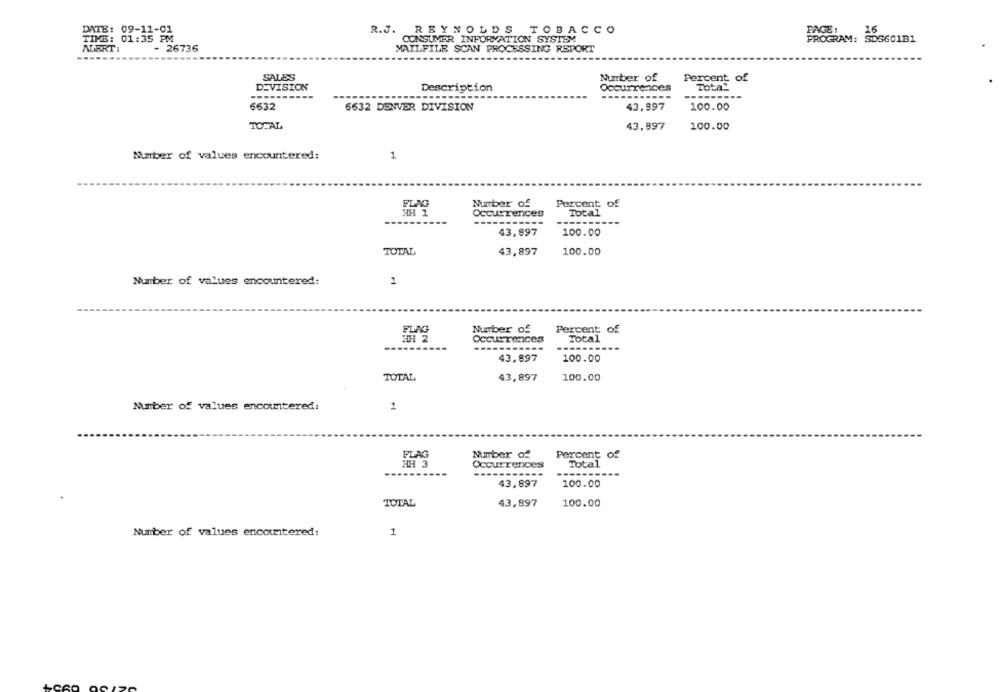
DATE: 09-11-01
16
R.J. REYNOLDS TOBACCO
PAGE :
TIME: 01:35 PM
CONSUMER INFORMATION SYSTEM
PROGRAM: SDS601B1
AUERT:
- 26736
MAILFILE SCAN PROCESSING REPORT
SALES
Percent of
Number of
DEVISION
Description
Occurrences
Total
6632
6632 DENVER DIVISION
43,997
100.00
TOTAL
43,897
100.00
Number of values encountered:
1
FLAG
Number of
Percent of
HH 1
Occurrences
Total
43.897
100.00
TOTAL
43,897
100.00
Number of values encountered:
2
Number of
Percent of
Occurrences
Total
-----------
-------
43.897
100.00
TOTAL
43,897
100.00
Number of values encountered:
1
FLAG
Number of
Percent of
HH 3
Total
Occurrences
43,897
100.00
TOTAL
43,897
100.00
Number of values encountered:
1